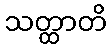
သတ္ထာတိ